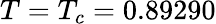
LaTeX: T=T_{c}=0.89290